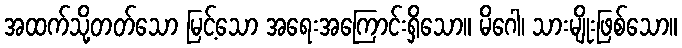
အထက်သို့တတ်သော မြင့်သော အရေးအကြောင်းရှိသော။ မိဂေါ၊ သားမျိုးဖြစ်သော။